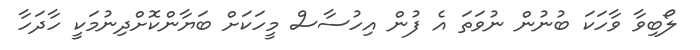
ލޯބިވާ ވާހަކަ ބުނުން ނުވަތަ އެ ފުން އިހުސާސް މީހަކަށް ބަޔާންކޮށްދިނުމަކީ ހާދަހާ